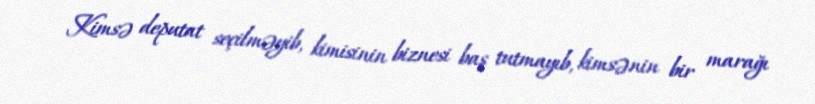
Kimsə deputat seçilməyib, kimisinin biznesi baş tutmayıb, kimsənin bir marağı